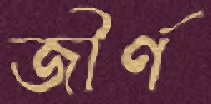
জীর্ণ